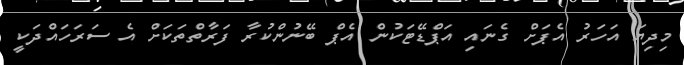
މިދިޔަ އަހަރު އެޕަށް ގެނައި އަޕްޑޭޓަކުން އެޕް ބޭނުންކުރާ ފަރާތްތަކަށް އެ ސަރަހައްދަކީ